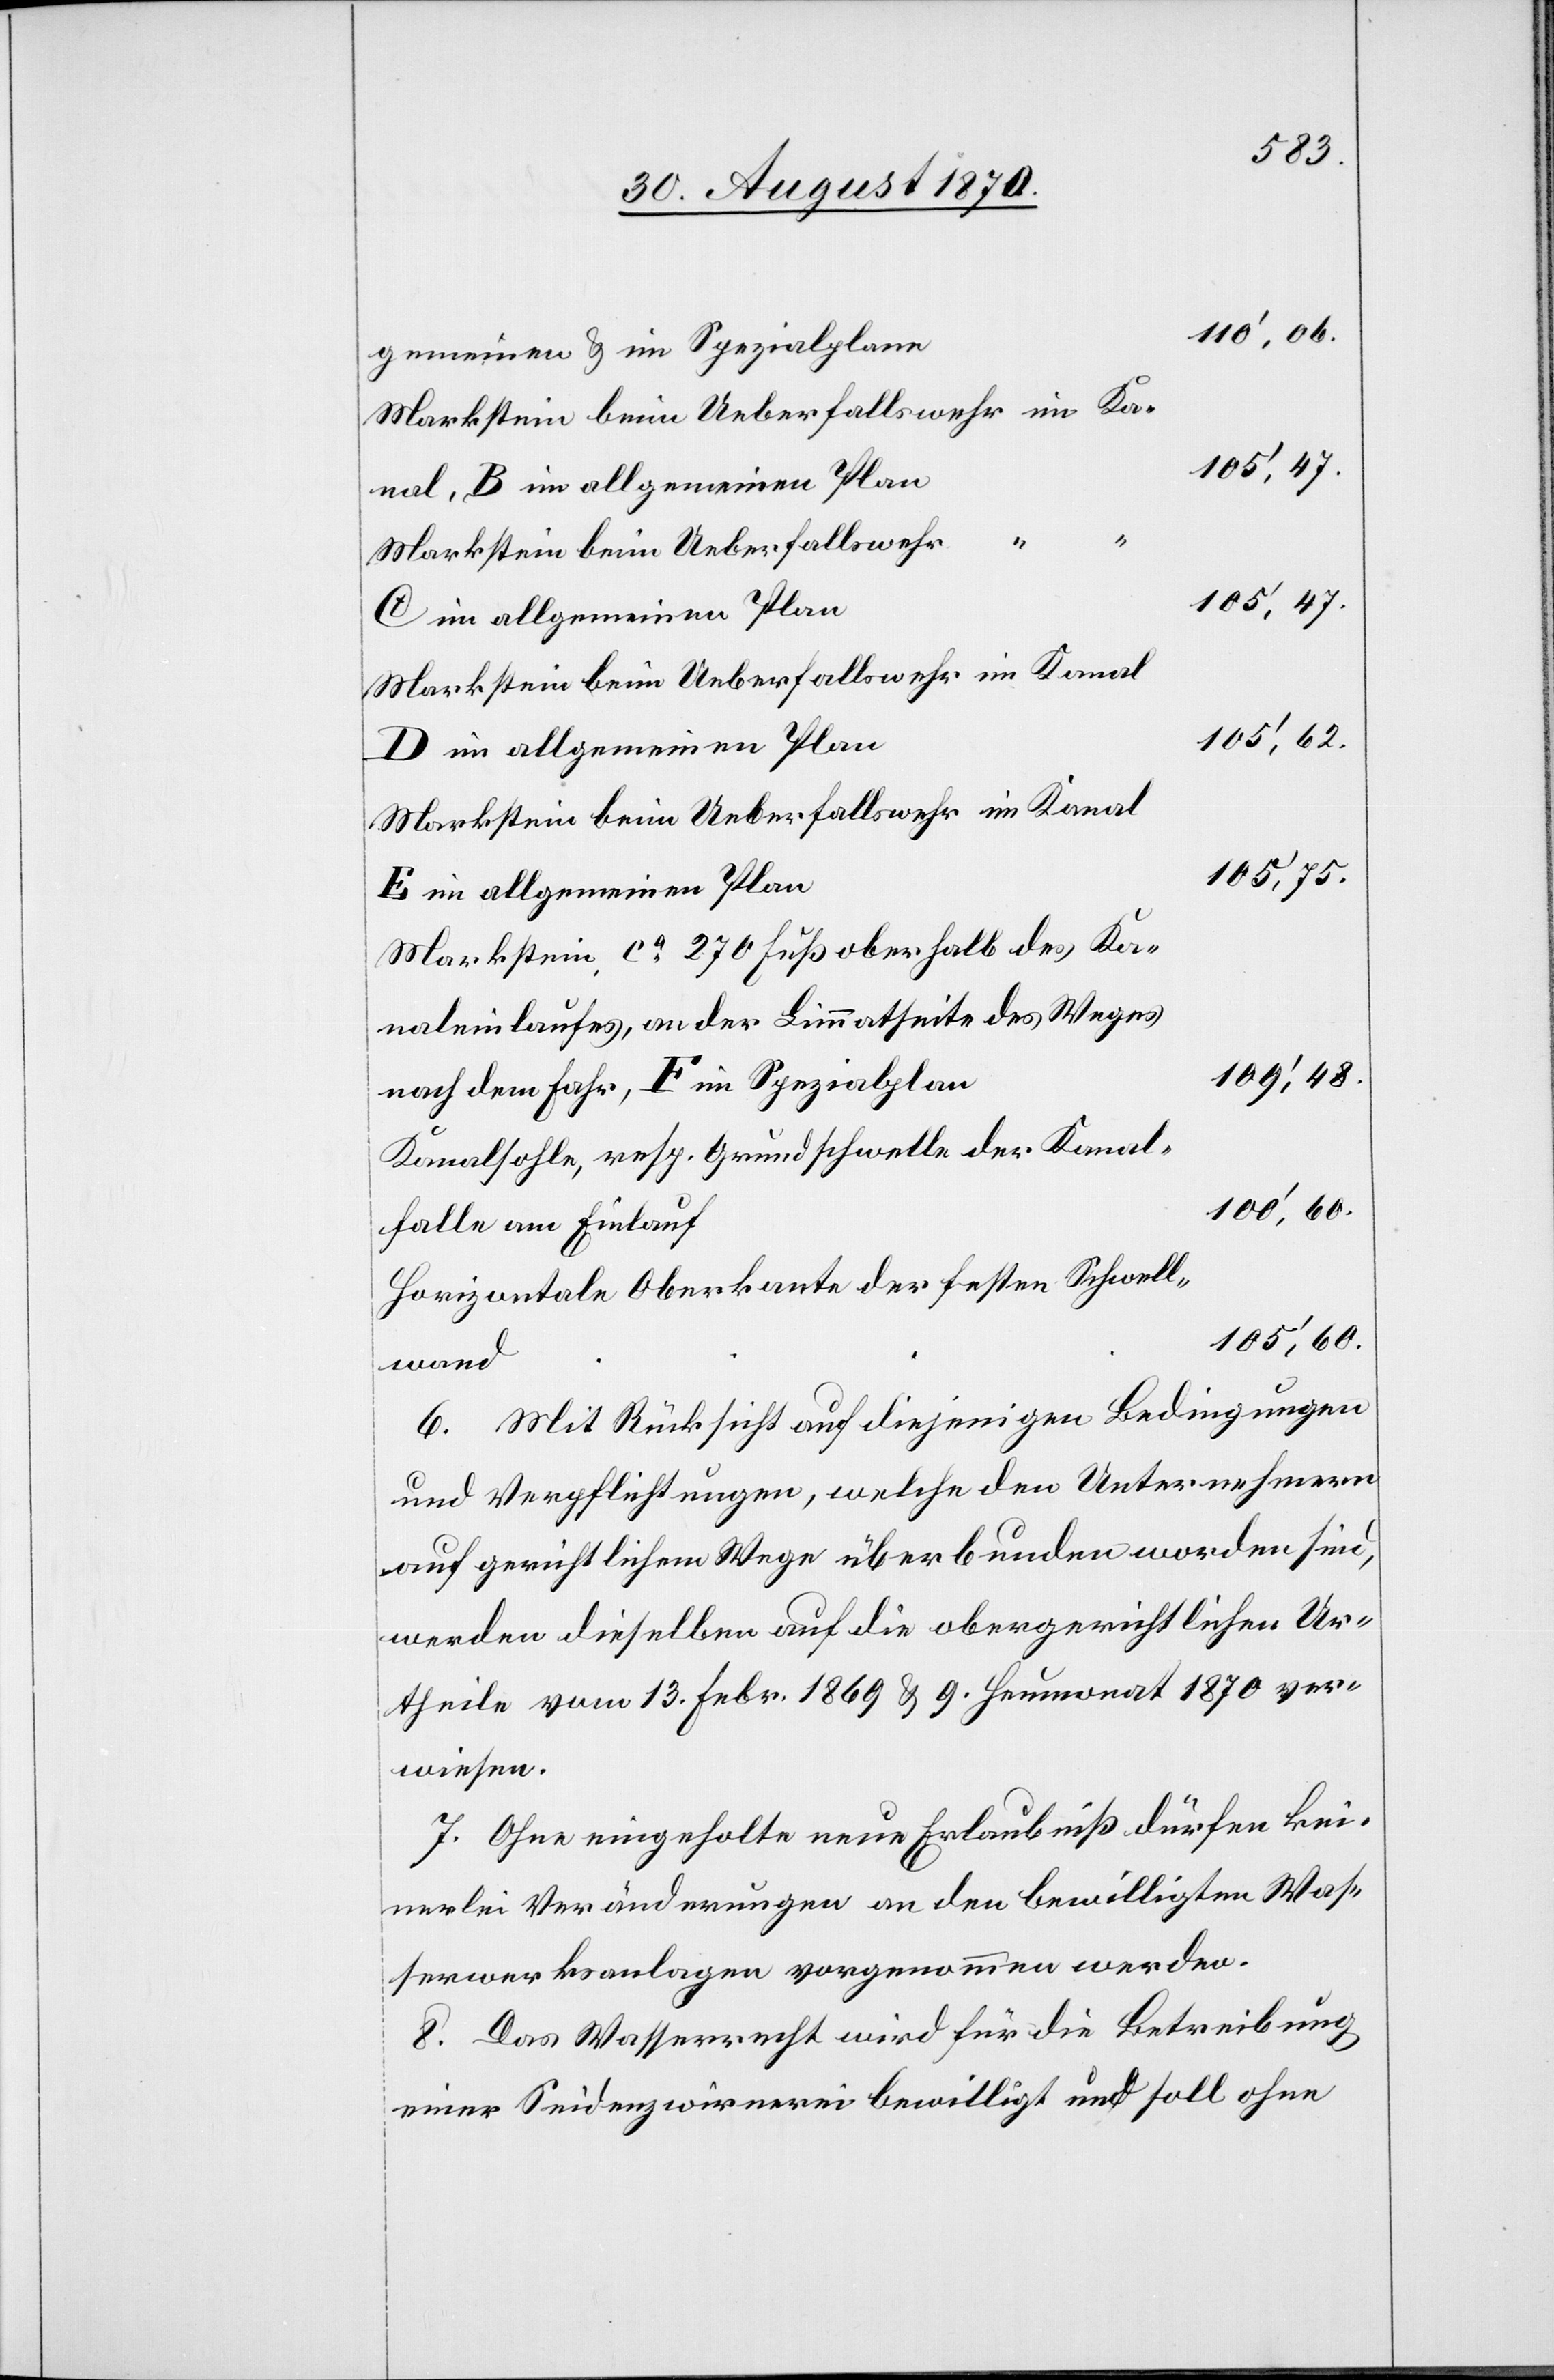
110’,06.
gemeinen & im Spezialplane
105’.47.
Markstein beim Ueberfallswehr im Kanal
105’,62.
E im allgemeinen Plan
Markstein, ca 270 Fuß oberhalb des Ka¬
naleinlaufes, an der Limmatseite des Weges
109’,48.
nach dem Fahr, F im Spezialplan
Kanalsohle, resp. Grundschwelle der Kanal¬
falle am Einlauf
Horizontale Oberkante der festen Schwell¬
105’,60.
wand
6. Mit Rücksicht auf diejenigen Bedingungen
und Verpflichtungen, welche den Unternehmern
auf gerichtlichem Wege überbunden worden sind,
werden dieselben auf die obergerichtlichen Ur¬
theile vom 13. Febr. 1869 & 9. Heumonat 1870 ver¬
wiesen.
7. Ohne eingeholte neue Erlaubniß dürfen kei¬
nerlei Veränderungen an den bewilligten Was¬
serwerksanlagen vorgenommen werden.
8. Das Wasserrecht wird für die Betreibung
einer Seidenzwirnerei bewilligt und soll ohne